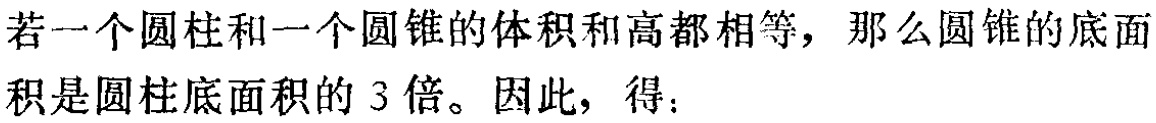
若一个圆柱和一个圆锥的体积和高都相等，那么圆锥的底面积是圆柱底面积的 3 倍。因此，得：